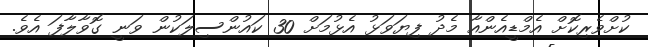
ކުށްވެރިކޮށް އެމްޑީއެންއާ މެދު ފިޔަވަޅު އެޅުމަށް 30 ކައުންސިލަކުން ވަނީ ގޮވާލާފަ އެވެ.